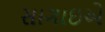
સાગાઇએ